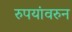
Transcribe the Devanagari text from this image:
रुपयांवरुन